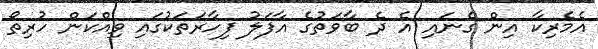
އެމެރިކާ އިން ގެނައި އެ ދެ ބާވަތުގެ އާފަލު ފިހާރަތަކުގައި ވިއްކަން ހުރިތޯ